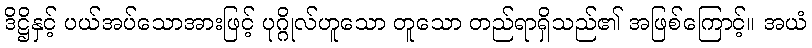
ဒိဋ္ဌိနှင့် ပယ်အပ်သောအားဖြင့် ပုဂ္ဂိုလ်ဟူသော တူသော တည်ရာရှိသည်၏ အဖြစ်ကြောင့်။ အယံ